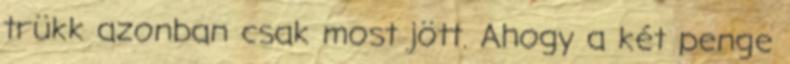
trükk azonban csak most jött. Ahogy a két penge